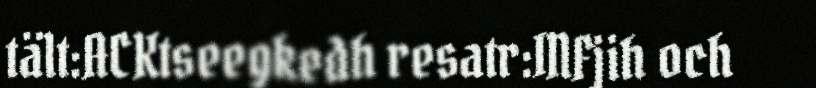
tält:ACKtseegkedh resatr:INFjih och